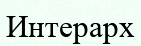
Интерарх